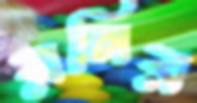
রনির